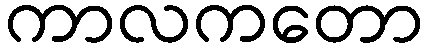
ကာလကတော